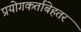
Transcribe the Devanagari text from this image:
प्रयोगकर्ताबेहतर